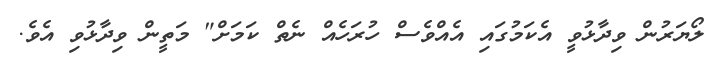
ލޯޔަރުން ވިދާޅުވީ އެކަމުގައި އެއްވެސް ހުރަހެއް ނެތް ކަމަށް" މަތީން ވިދާޅުވި އެވެ.